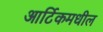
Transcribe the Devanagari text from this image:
आर्टिकमधील